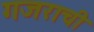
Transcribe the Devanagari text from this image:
गजराची